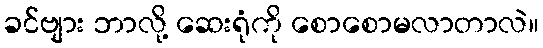
ခင်ဗျား ဘာလို့ ဆေးရုံကို စောစောမလာတာလဲ။